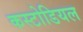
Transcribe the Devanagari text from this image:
कस्टोडियल